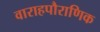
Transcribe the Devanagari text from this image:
वाराहपौराणिक